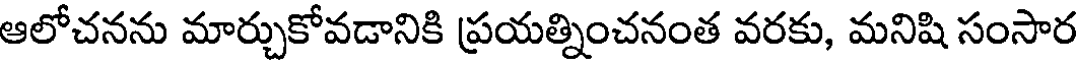
ఆలోచనను మార్చుకోవడానికి ప్రయత్నించనంత వరకు, మనిషి సంసార